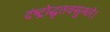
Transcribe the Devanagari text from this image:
दंष्ट्रोद्धृतवसुन्धरे।